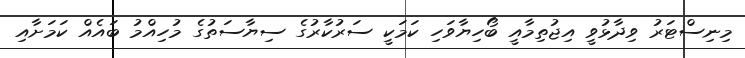
މިނިސްޓަރު ވިދާޅުވީ އިޖުތިމާއީ ބޯހިޔާވަހި ކަމަކީ ސަރުކާރުގެ ސިޔާސަތުގެ މުހިއްމު ބައެއް ކަމަށާއި